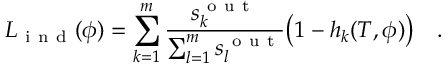
{ L } _ { \mathrm { ~ i ~ n ~ d ~ } } ( \phi ) = \sum _ { k = 1 } ^ { m } \frac { s _ { k } ^ { \mathrm { ~ o ~ u ~ t ~ } } } { \sum _ { l = 1 } ^ { m } s _ { l } ^ { \mathrm { ~ o ~ u ~ t ~ } } } \big ( 1 - h _ { k } ( T , \phi ) \big ) \quad .